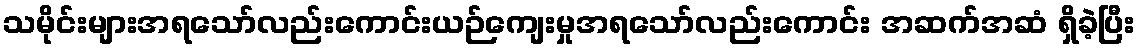
သမိုင်းများအရသော်လည်းကောင်းယဉ်ကျေးမှုအရသော်လည်းကောင်း အဆက်အဆံ ရှိခဲ့ပြီး